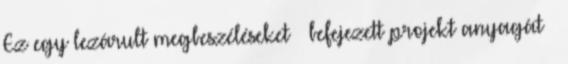
Ez egy lezárult megbeszéléseket befejezett projekt anyagát